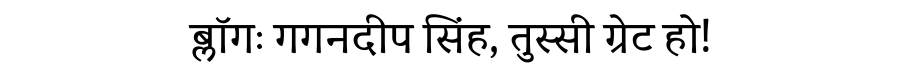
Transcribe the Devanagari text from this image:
ब्लॉगः गगनदीप सिंह, तुस्सी ग्रेट हो!